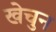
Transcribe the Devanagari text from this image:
खेचुन